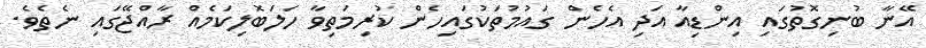
އޭނާ ބުނިގޮތުގައި އިންޑިއާ އަދި އެހެން ގައުމުތަކުގައިހެން ކުރިމަތިވާ ހަލަބޮލިކަމެއް ރާއްޖޭގައި ނެތެެވެ.